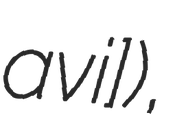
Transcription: avˈʝi]),